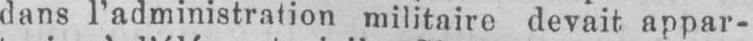
dans l’administration militaire devait appar-